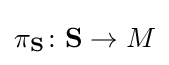
\pi _{\mathbf {S} }\colon {\mathbf {S} }\to M